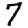
Digit: 7